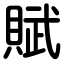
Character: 賦